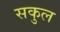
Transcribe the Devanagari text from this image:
सकुल